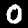
Digit: 0